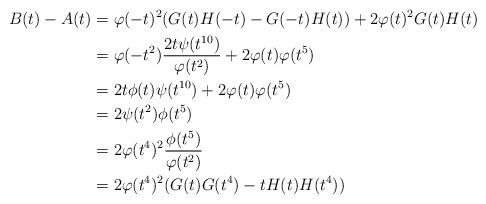
LaTeX: \begin{align*} B(t)-A(t) &= \varphi(-t)^2(G(t)H(-t)-G(-t)H(t))+2\varphi(t)^2G(t)H(t)\\ &= \varphi(-t^2)\dfrac{2t\psi(t^{10})}{\varphi(t^2)}+2\varphi(t)\varphi(t^5)\\ &= 2t\phi(t)\psi(t^{10})+2\varphi(t)\varphi(t^5)\\ &= 2\psi(t^2)\phi(t^5)\\ &= 2\varphi(t^4)^2\frac{\phi(t^5)}{\varphi(t^2)}\\ &= 2\varphi(t^4)^2(G(t)G(t^4)-tH(t)H(t^4))\end{align*}